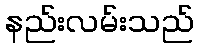
နည်းလမ်းသည်